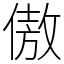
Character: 傲